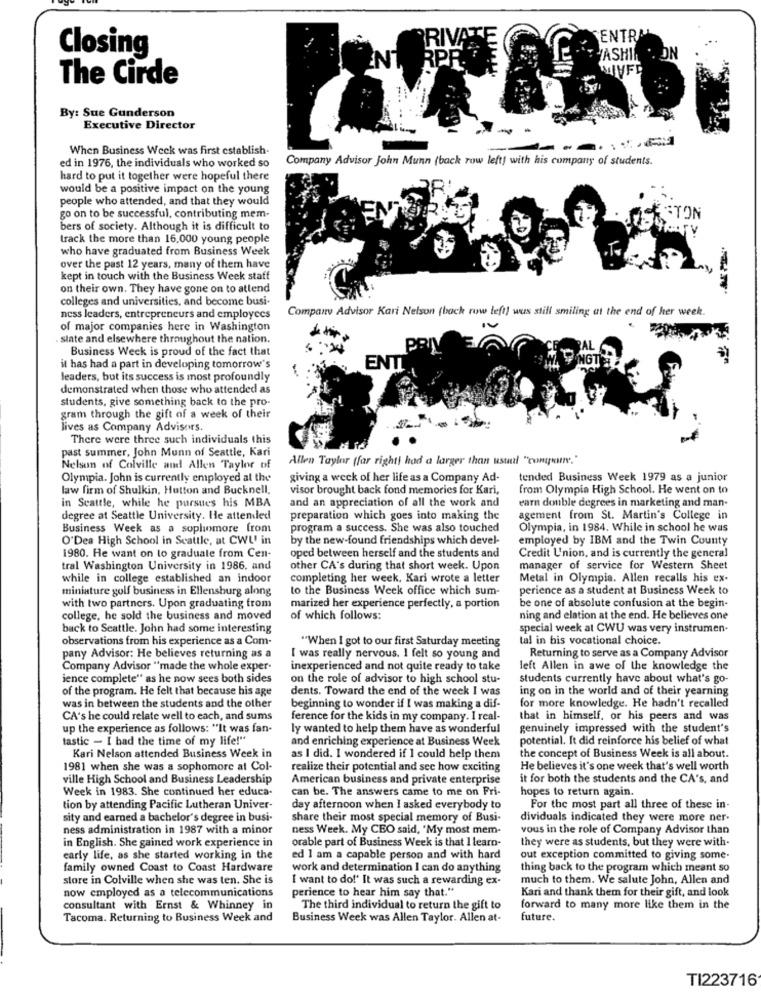
Closing
The Cirde
By: Sue Gunderson
Executive Director
When Business Week was first establish-
Company Advisor John Munn (back row left) with his company of students.
ed in 1976, the individuals who worked so
hard to put it together were hopeful there
would be a positive impact on the young
people who attended, and that they would
go on to be successful, contributing mem-
ON
bers of society. Although it is difficult to
track the more than 16,000 young people
who have graduated from Business Week
over the past 12 years, many of them have
kept in touch with the Business Week staff
on their own. They have gone on to attend
colleges and universities, and become busi-
Company Advisor Kari Nelson (back row left] was still smiling at the end of her week.
ness leaders, entrepreneurs and employees
of major companies here in Washington
. slate and elsewhere throughout the nation.
Business Week is proud of the fact that
it has had a part in developing tomorrow's
ENT
leaders, but its success is most profoundly
demonstrated when those who attended as
students, give something back to the pro-
gram through the gift of a week of their
lives as Company Advisors.
There were three such individuals this
past summer, John Munn of Seattle, Kari
Allen Taylor (far righti had a larger than usual "conquan."
Nelson of Colville and Allen Taylor of
Olympia. John is currently employed al the
giving a weck of her life as a Company Ad-
tended Business Week 1979 as a junior
law firm of Shulkin, Hutton and Bucknell,
visor brought back fond memories for Kari,
from Olympia High School. He went on to
and an appreciation of all the work and
earn double degrees in marketing and man.
in Seattle, while he pursues his MBA
degree at Seattle University. He attended
preparation which goes into making the
agement from St. Martin's College in
Business Week as a sophomore from
program a success. She was also touched
Olympia, in 1984. While in school he was
O'Dea High School in Seattle, at CWU' in
by the new-found friendships which devel-
employed by IBM and the Twin County
1980. He want on to graduale from Cen-
oped between herself and the students and
Credit Union, and is currently the general
tral Washington University in 1986, and
other CA's during that short week. Upon
manager of service for Western Sheet
while in college established an indoor
completing her week, Kari wrote a letter
Metal in Olympia. Allen recalls his ex-
miniature golf business in Ellensburg along
to the Business Week office which sum-
perience as a student at Business Week to
be one of absolute confusion at the begin-
with two partners. Upon graduating from
marized her experience perfectly, a portion
college, he sold the business and moved
of which follows:
ning and elation at the end. He believes one
back to Seattle. John had some interesting
special week at CWU was very instrumen.
observations from his experience as a Com-
"When I got to our first Saturday meeting
tal in his vocational choice.
Returning to serve as a Company Advisor
pany Advisor: He believes returning as a
I was really nervous. I felt so young and
Company Advisor "made the whole exper-
inexperienced and not quite ready to take
left Allen in awe of the knowledge the
ience complete" as he now sees both sides
on the role of advisor to high school stu-
students currently have about what's go-
of the program. He felt that because his age
dents. Toward the end of the week I was
ing on in the world and of their yearning
was in between the students and the other
beginning to wonder if I was making a dif-
for more knowledge. He hadn't recalled
CA's he could relate well to each, and sums
ference for the kids in my company. I real-
that in himself, or his peers and was
up the experience as follows: "It was fan-
ly wanted to help them have as wonderful
genuinely impressed with the student's
tastic - I had the time of my life!"
and enriching experience at Business Week
potential. It did reinforce his belief of what
Kari Nelson attended Business Week in
as I did. I wondered if I could help them
the concept of Business Week is all about.
1981 when she was a sophomore at Col-
realize their potential and see how exciting
He believes it's one week that's well worth
ville High School and Business Leadership
American business and private enterprise
it for both the students and the CA's, and
Week in 1983. She continued her educa-
can be. The answers came to me on Fri-
hopes to return again.
tion by attending Pacific Lutheran Univer-
day afternoon when I asked everybody to
For the most part all three of these in-
sity and earned a bachelor's degree in busi-
share their most special memory of Busi-
dividuals indicated they were more ner-
ness administration in 1987 with a minor
ness Week. My CEO said, "My most mem-
vous in the role of Company Advisor than
in English. She gained work experience in
orable part of Business Week is that I learn-
they were as students, but they were with.
early life, as she started working in the
ed I am a capable person and with hard
out exception committed to giving some-
family owned Coast to Coast Hardware
work and determination I can do anything
thing back to the program which meant so
store in Colville when she was ten. She is
I want to do!' It was such a rewarding ex-
much to them. We salute John, Allen and
perience to hear him say that."
Kari and thank them for their gift, and look
now employed as a telecommunications
consultant with Ernst & Whinney in
The third individual to return the gift to
forward to many more like them in the
Tacoma. Returning to Business Week and
Business Week was Allen Taylor. Allen at-
future.
TI223716